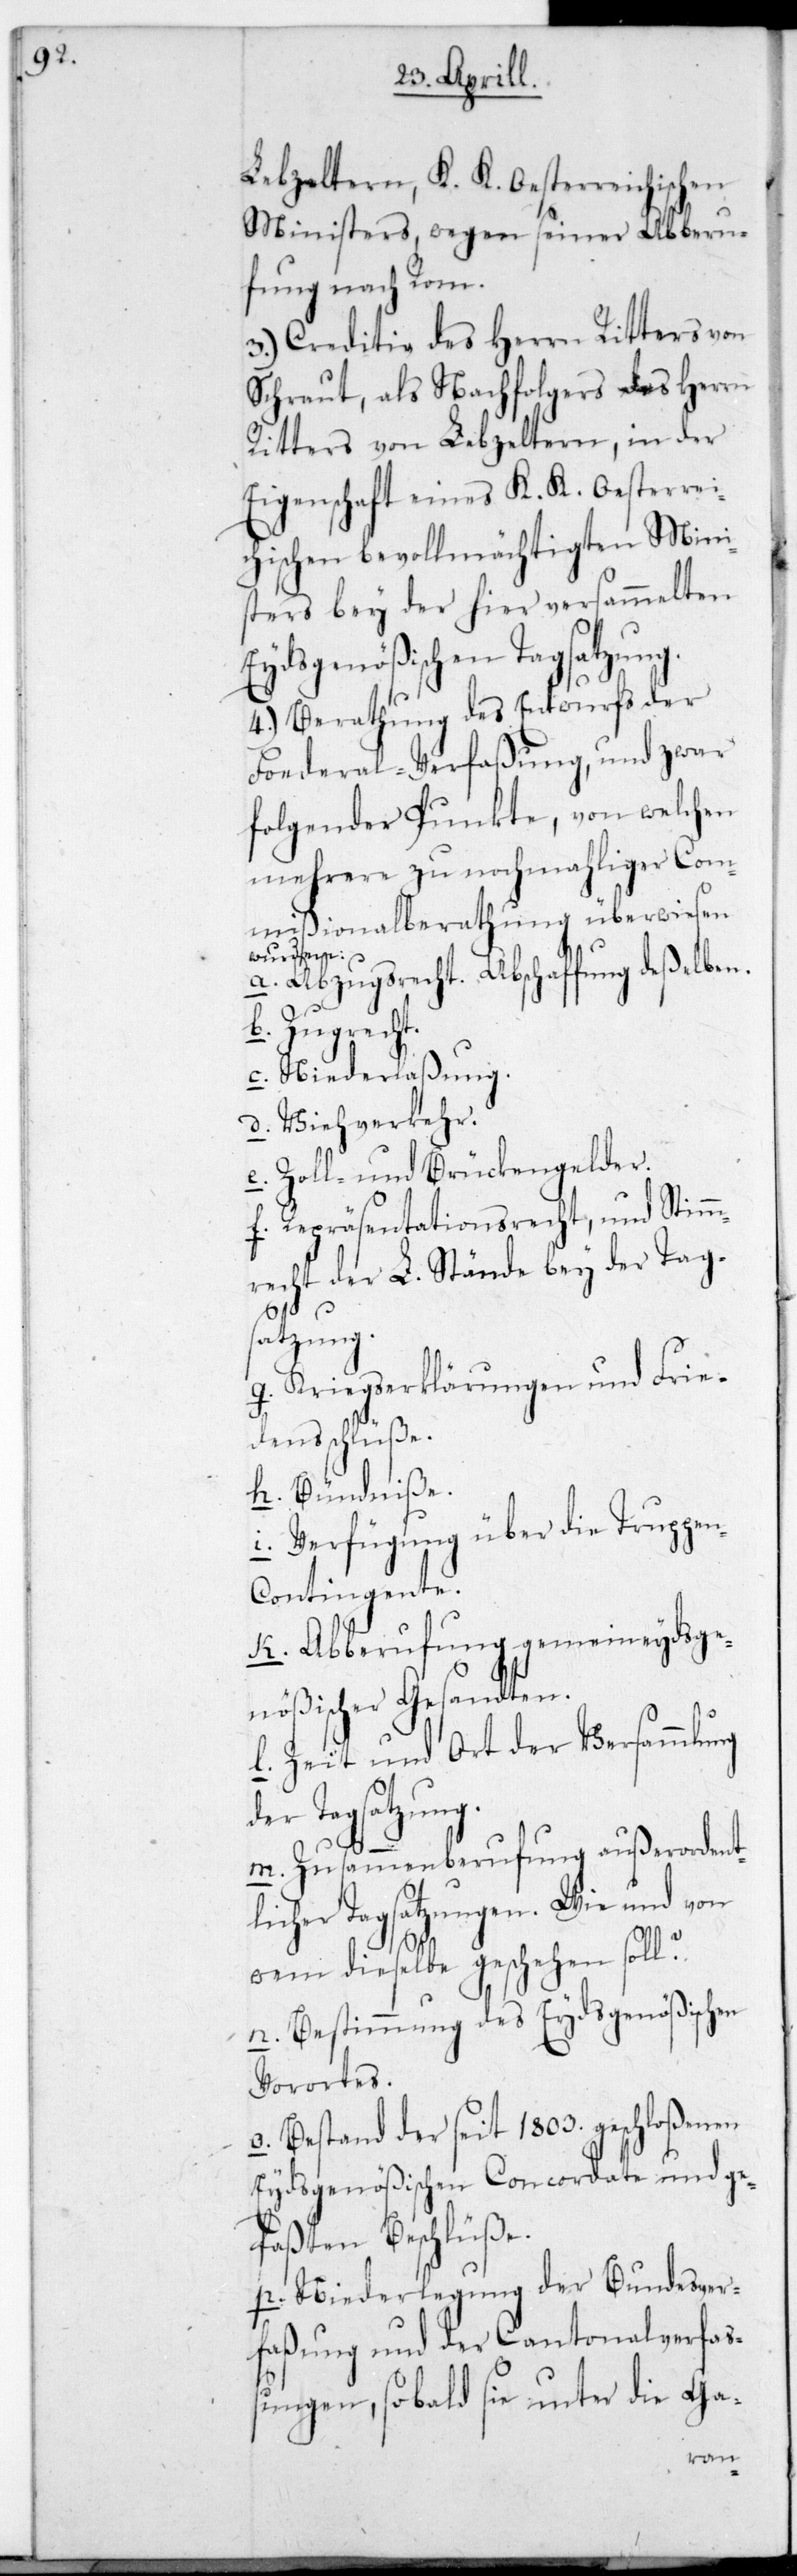
Lebzeltern, K. K. Oesterreichischen
Ministers, wegen seiner Abberu¬
fung nach Rom.
3.) Creditiv des Herrn Ritters von
Schraut, als Nachfolgers des Herrn
Ritters von Lebzeltern, in der
Eigenschaft eines K. K. Oesterrei¬
chischen bevollmächtigten Mini¬
sters bey der hier versammelten
Eydsgenößischen Tagsatzung.
4.) Berathung des Entwurfs der
Foederal-Verfaßung, und zwar
folgender Punkte, von welchen
mehrere zu nochmaliger Com¬
mißionalberathung überwiesen
wurden:
a. Abzugsrecht. Abschaffung deßelben.
b. Zugrecht.
c. Niederlaßung.
d. Viehverkehr.
e. Zoll- und Brückengelder.
f. Repräsentationsrecht, und Stimm¬
recht der L. Stände bey der Tag¬
satzung.
g. Kriegserklärungen und Frie¬
densschlüße.
h. Bündniße.
i. Verfügung über die Truppe¬
n-Contingente.
k. Abberufung gemeineydsge¬
nößischer Gesandten.
l. Zeit und Ort der Versammlung
der Tagsatzung.
m. Zusammenberufung außerordent¬
licher Tagsatzungen. Wie und von
wem dieselbe geschehen soll?
n. Bestimmung des Eydsgenößischen
Vorortes.
o. Bestand der seit 1803. geschloßenen
Eydsgenößischen Concordate und ge¬
faßten Beschlüße.
p. Niederlegung der Bundesver¬
faßung und der Cantonalverfaß¬
ungen, sobald sie unter die Ga-